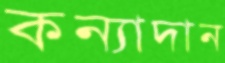
কন্যাদান